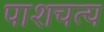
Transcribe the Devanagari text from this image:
पाशचत्य